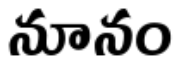
నూనం